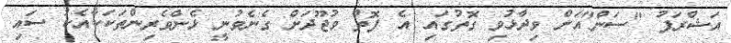
އަޝްރަފު "ސަން"އަށް ވިދާޅުވި ގޮތުގައި އެ ފޮތް ވުޖޫދަށް ގެނެވުނީ ޅެންވެރިންތަކަކާއެކު ސައި